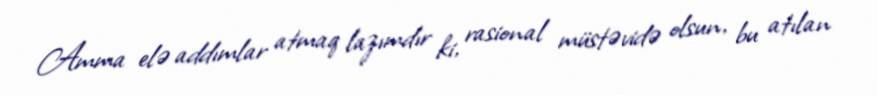
Amma elə addımlar atmaq lazımdır ki, rasional müstəvidə olsun, bu atılan